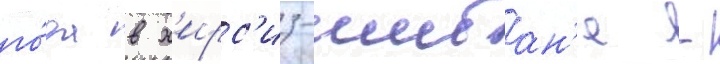
го́да в х'ирс'из-шибан'е -